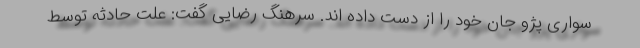
سواری پژو جان خود را از دست داده اند. سرهنگ رضایی گفت: علت حادثه توسط